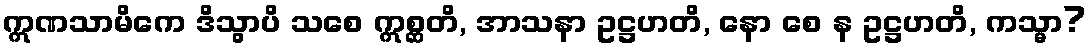
ဣဏသာမိကေ ဒိသွာပိ သစေ ဣစ္ဆတိ, အာသနာ ဥဋ္ဌဟတိ, နော စေ န ဥဋ္ဌဟတိ, ကသ္မာ?